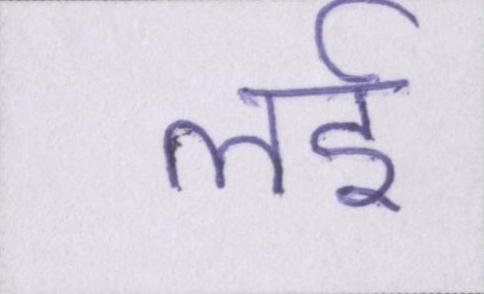
लई